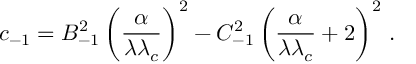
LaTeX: c _ { - 1 } = B _ { - 1 } ^ { 2 } \left( \frac { \alpha } { \lambda \lambda _ { c } } \right) ^ { 2 } - C _ { - 1 } ^ { 2 } \left( \frac { \alpha } { \lambda \lambda _ { c } } + 2 \right) ^ { 2 } \, { . }